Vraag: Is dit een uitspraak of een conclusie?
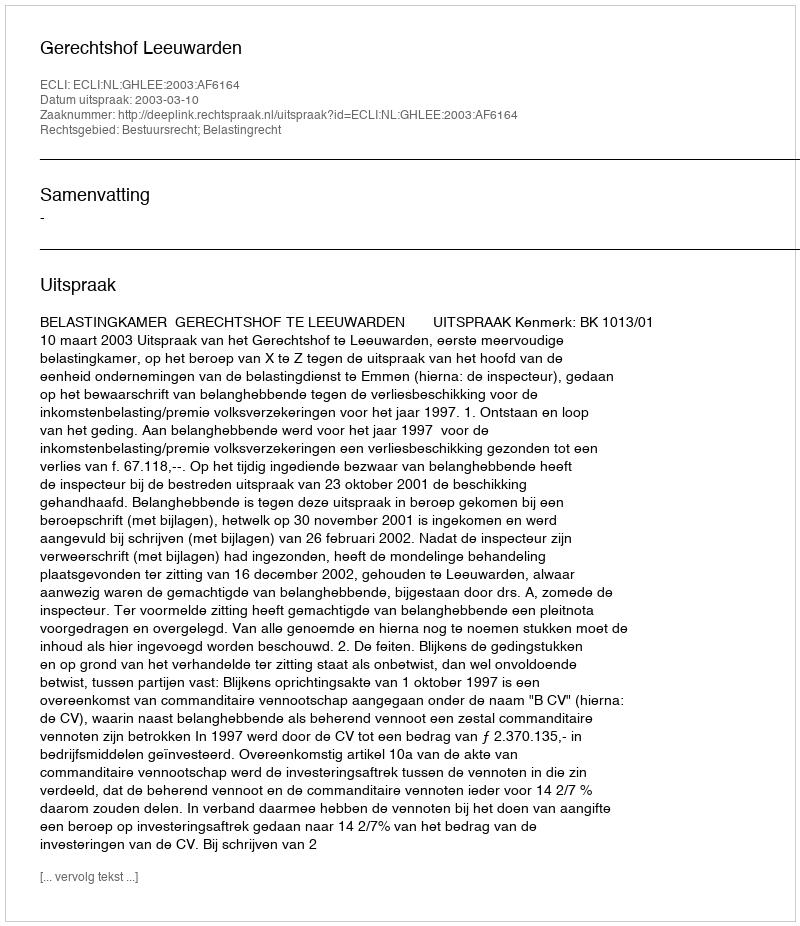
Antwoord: Uitspraak